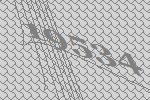
19534